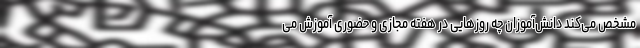
مشخص می‌کند دانش‌آموزان چه روزهایی در هفته مجازی و حضوری آموزش می